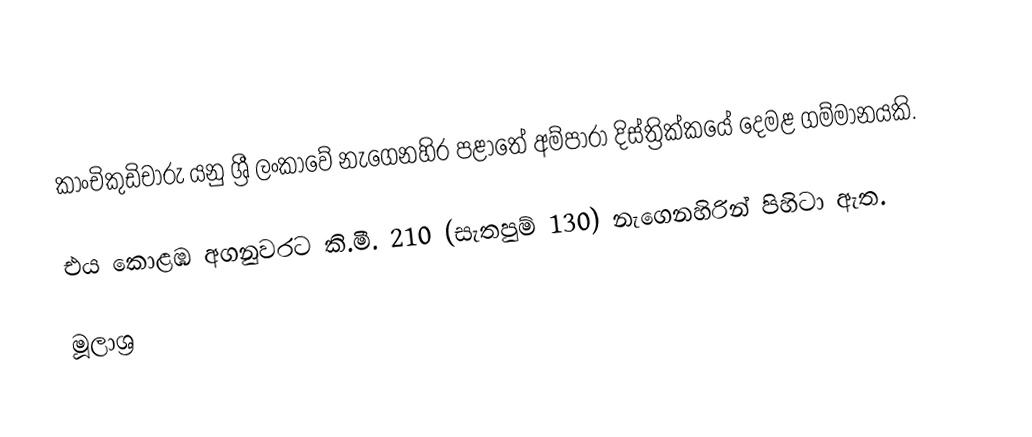
කාංචිකුඩිචාරු යනු ශ්‍රී ලංකාවේ නැගෙනහිර පළාතේ අම්පාරා දිස්ත්‍රික්කයේ දෙමළ ගම්මානයකි.

එය කොළඹ අගනුවරට කි.මී. 210 (සැතපුම් 130) නැගෙනහිරින් පිහිටා ඇත.

මූලාශ්‍ර